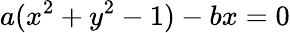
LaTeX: a(x^{2}+y^{2}-1)-bx=0